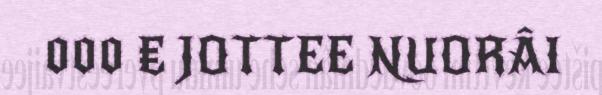
000 € JOTTEE NUORÂI